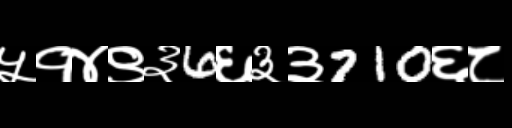
Text: ५१४९३6६३३710६८